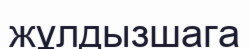
жұлдызшага